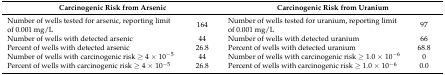
| <COLSPAN=2> Carcinogenic Risk from Arsenic | <COLSPAN=2> Carcinogenic Risk from Uranium |
 | --- | --- | --- | --- |
 | Number of wells tested for arsenic, reporting limit of 0.001 mg/L | 164 | Number of wells tested for uranium, reporting limit of 0.001 mg/L | 97 |
 | Number of wells with detected arsenic | 44 | Number of wells with detected uranium | 66 |
 | Percent of wells with detected arsenic | 26.8 | Percent of wells with detected uranium | 68.8 |
 | Number of wells with carcinogenic risk ≥ 4 × 10−5 | 44 | Number of wells with carcinogenic risk ≥ 1.0 × 10−6 | 0 |
 | Percent of wells with carcinogenic risk ≥ 4 × 10−5 | 26.8 | Percent of wells with carcinogenic risk ≥ 1.0 × 10−6 | 0.0 |